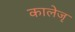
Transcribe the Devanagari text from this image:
कालेजृ